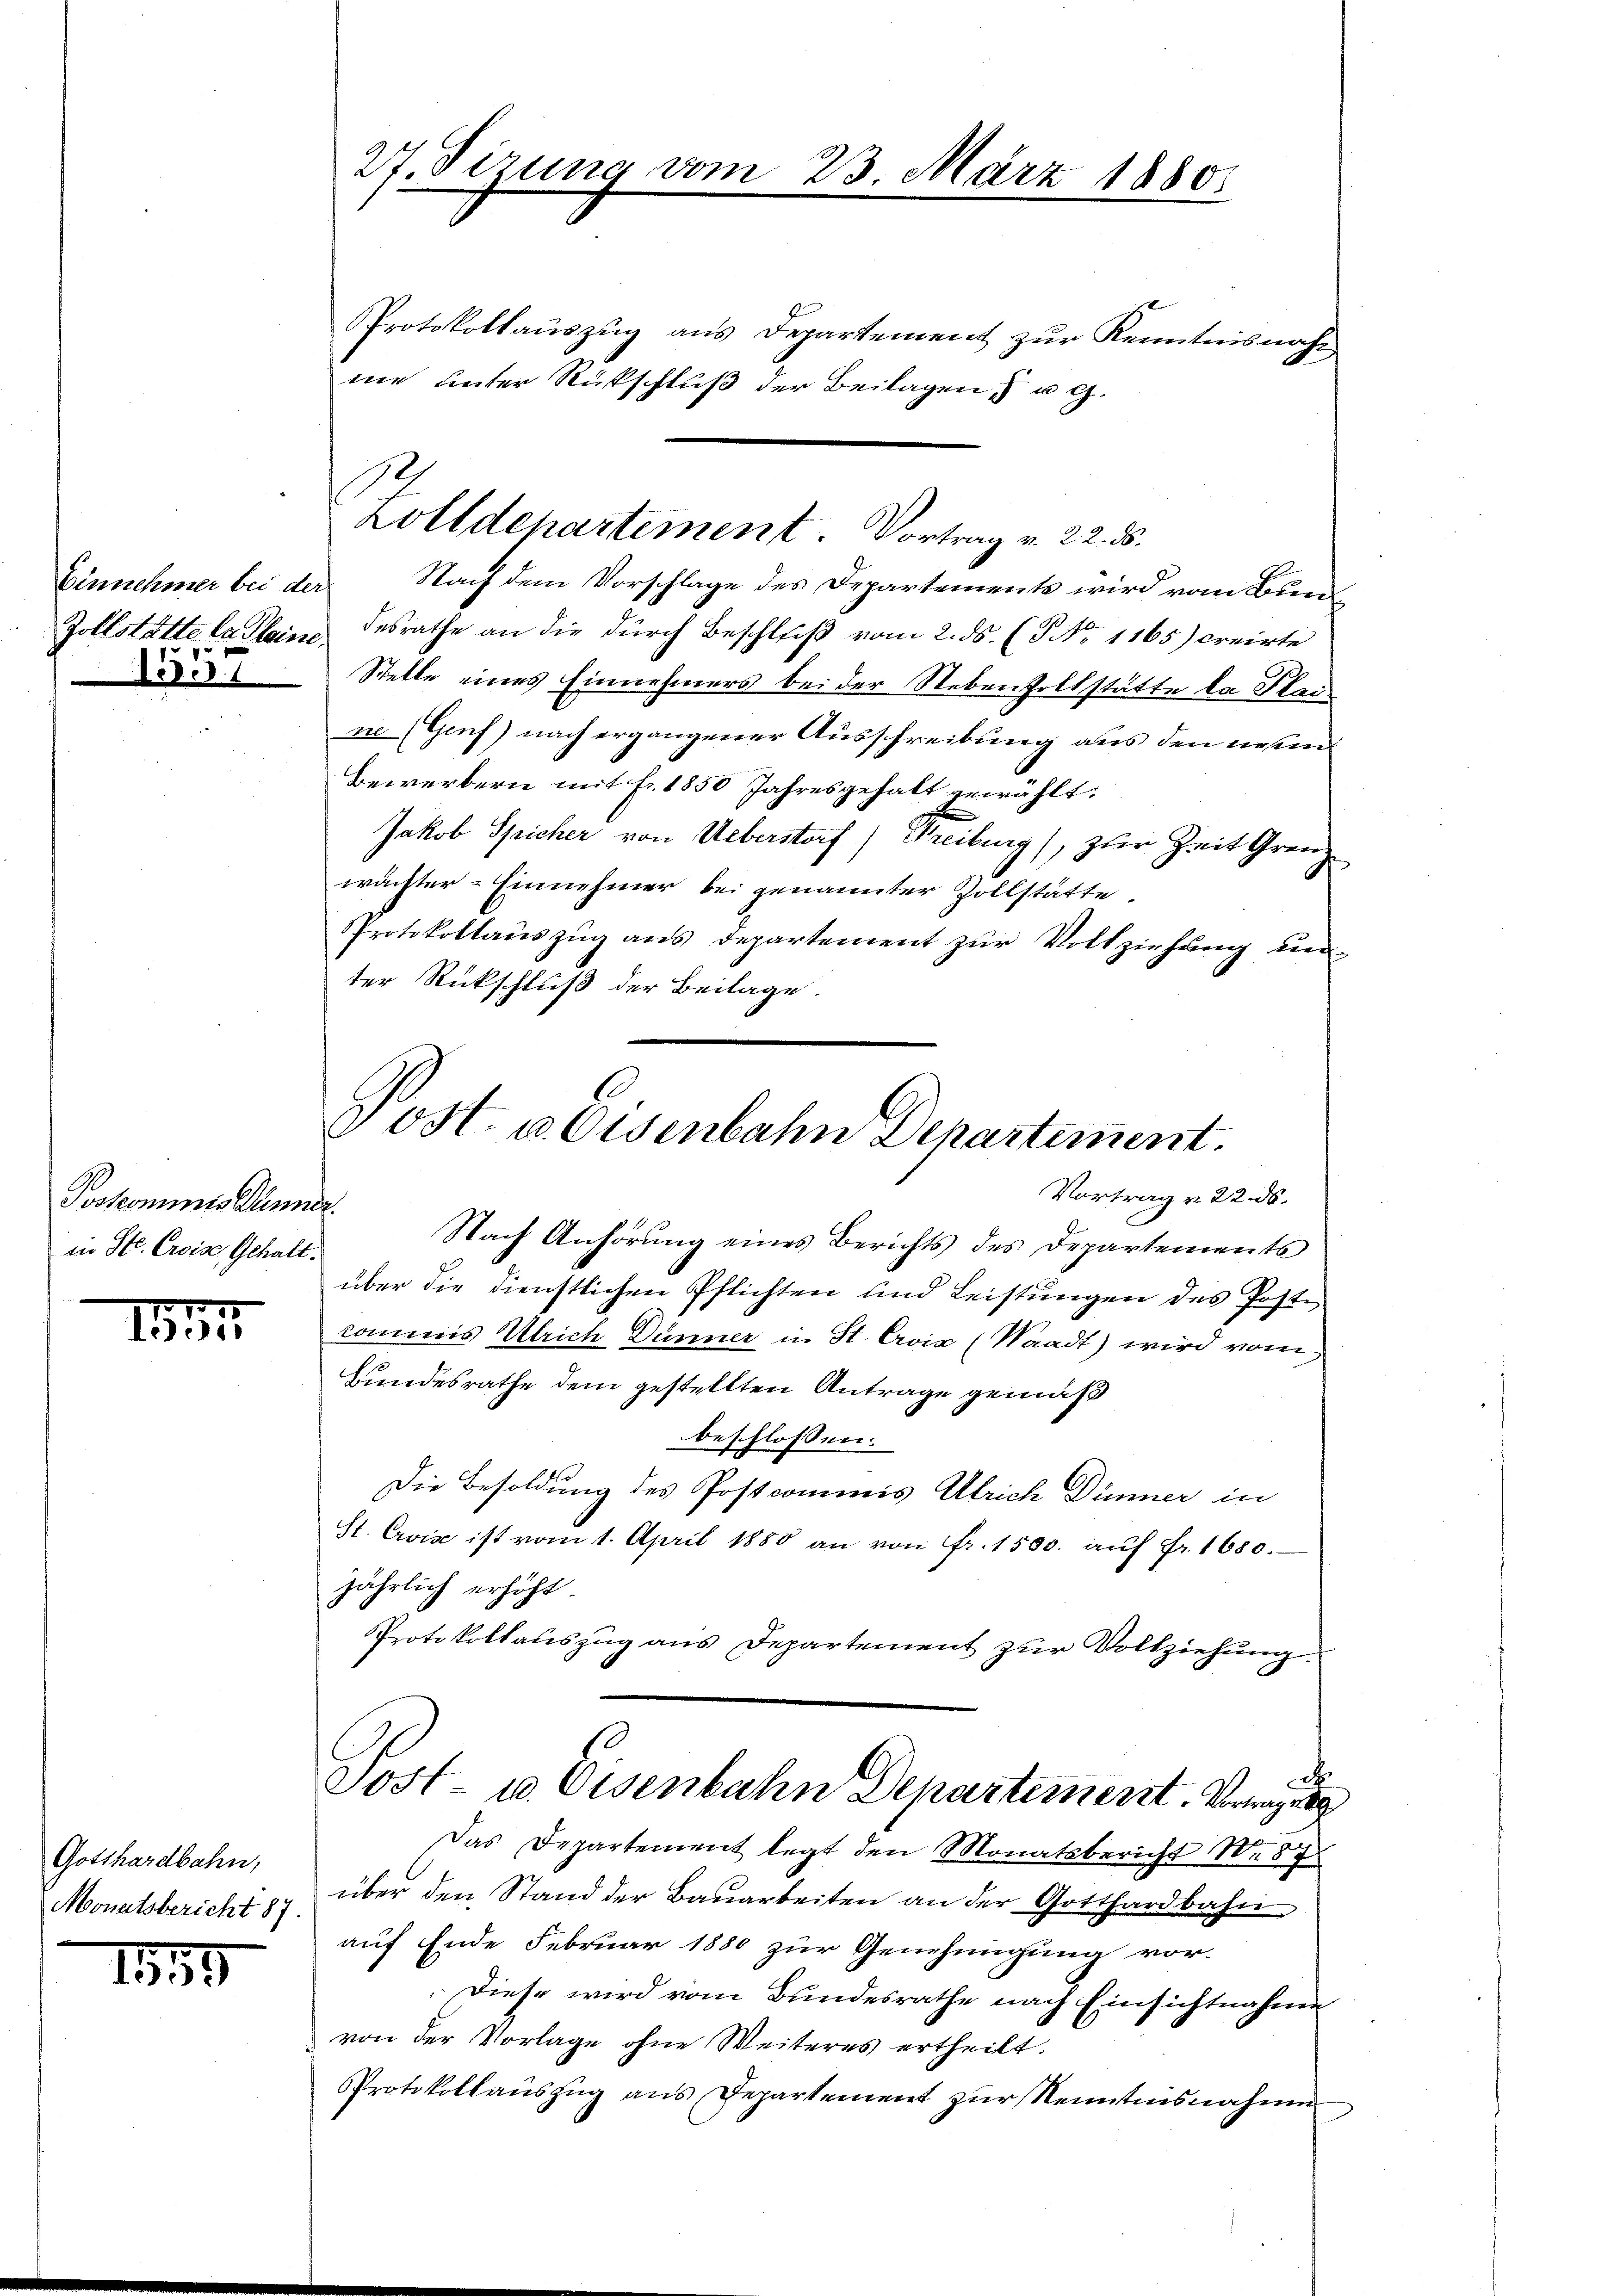
1557

Joskommnis Dänner.
in St. Croise, Gehalt.

157

Gotthardbahn,
Monatsbericht 87.

1839

Einnehmer bei der Nach dem Vorschlage des Departements wird vom Bun¬
Zollstätte lastein desrathe an die durch Beschluß vom 2. ds. (T No 1165) creirte
Stelle eines Einnehmers bei der Nebenzollstätte da Kleine (Genf) nach ergangener Ausschreibung aus den ersen¬
Bewerbern mit fr. 1850 Jahresgehalt gewählt:
Jakob Spicher von Ueberstorf) Freiburg), zur Zeit Grenz
wächter-Einnehmer bei genannter Zollstätte.
Protokollauszug aus Departement zur Vollziehung un
ter Rückschluß der Beilage.
Nach Anhörung eines Berichts des Departements
über die dienstlichen Pflichten und Leistungen des Postkommis Ulrich Dünner in St. Croix (Waadt) wird vom
Bundesrathe dem gestellten Antrage gemäß
beschlossen:
Die Besoldung des Postcommis Ulrich Dünner in
St. Crvise ist vom 1. April 1880 an von Fr. 1500. aŭf fr. 1680.
jährlich erhöht.
Protokollauszug aus Departement zur Vollziehung
A
Sost- u. Osenbahn Departement. Vorragr
Das Departement legt den Monatsbericht No 87
über den Stand der Bauarbeiten an der Gotthardbahn
auf Ende Februar 1880 zur Genehmigung vor-
Diese wird vom Bundesrathe nach Einsichtnahme
von der Vorlage ohne Weiteres ertheilt.
Protokollauszug aus Departement zur Kenntnisnahme

27. Sizung vom 23. März 1880.

Protokollauszug aus Departement zur Kenntnisnahe,
Lolldepartement. Vortrag v. 22. ds.

me unter Rückschluß der Beilagen u g.

Post u. Eisenbahn Departement.
Vortrag v. 22. ds.

e